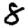
Digit: 8